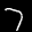
Label: 7